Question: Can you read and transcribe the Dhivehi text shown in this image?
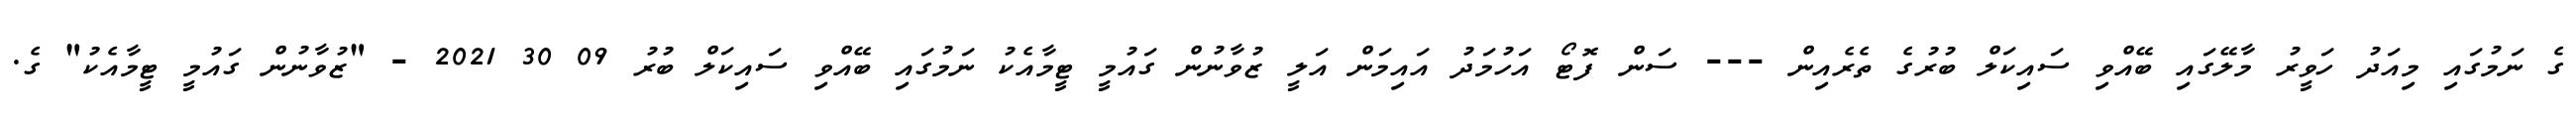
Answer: ގެ ނަމުގައި މިއަދު ހަވީރު މާލޭގައި ބޭއްވި ސައިކަލް ބުރުގެ ތެރެއިން --- ސަން ފޮޓޯ އަހުމަދު އައިމަން އަލީ ޒުވާނުން ގައުމީ ޓީމާއެކު ނަމުގައި ބޭއްވި ސައިކަލް ބުރު 09 30 2021 - "ޒުވާނުން ގައުމީ ޓީމާއެކު" ގެ.